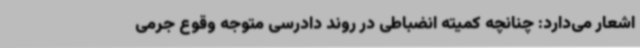
اشعار می‌دارد: چنانچه کمیته انضباطی در روند دادرسی متوجه وقوع جرمی